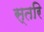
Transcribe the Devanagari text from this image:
स्तरि